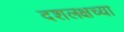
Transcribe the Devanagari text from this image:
दशलक्षच्या